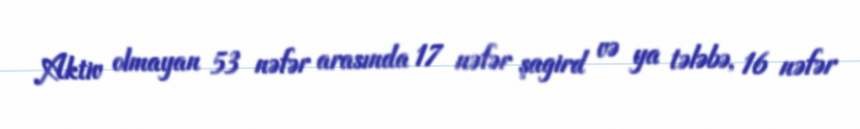
Aktiv olmayan 53 nəfər arasında 17 nəfər şagird və ya tələbə, 16 nəfər